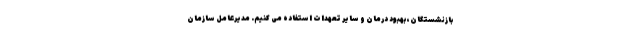
بازنشستگان، بهبود درمان و سایر تعهدات استفاده می کنیم. مدیرعامل سازمان